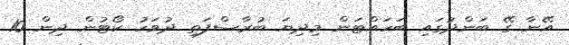
އޭނާ ގޭ ބަންދުގައި ބަހައްޓަން މިދިޔަ ބުރާސްފަތި ދުވަހު ކޯޓުން ދިން 10